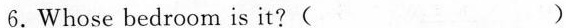
6.Whose bedroom is it ?( )